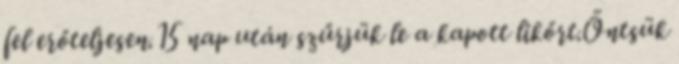
fel erőteljesen.15 nap után szűrjük le a kapott likőrt.Öntsük